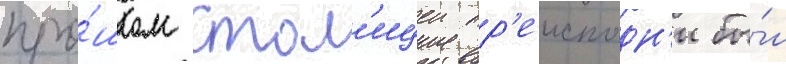
про́шлом стол'ицеи пр'еисподн'и бы́л